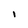
Character: I